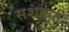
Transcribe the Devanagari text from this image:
सशक़्त